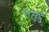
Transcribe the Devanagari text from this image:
रामुदु